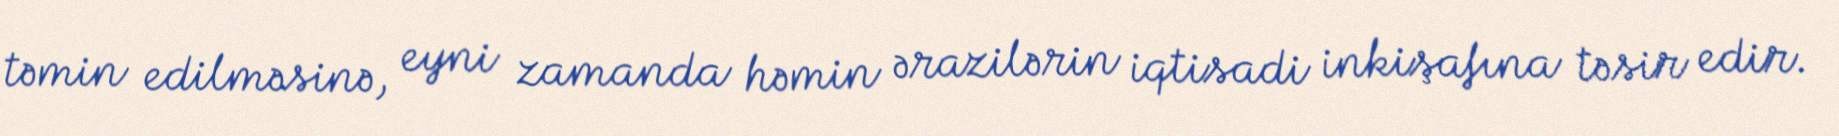
təmin edilməsinə, eyni zamanda həmin ərazilərin iqtisadi inkişafına təsir edir.